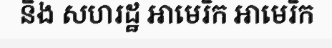
និង សហរដ្ឋ អាមេរិក អាមេរិក